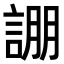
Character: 𮘚